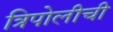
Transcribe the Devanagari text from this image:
त्रिपोलीची